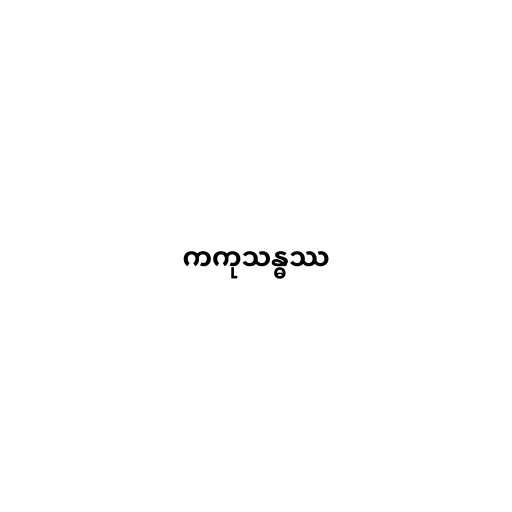
ကကုသန္ဓဿ